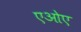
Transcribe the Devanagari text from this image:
एओए